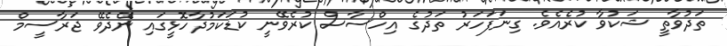
ތަދުވާތީ ޝަކުވާ ކުރެއެވެ. ގިނަފަހަރު ތަދުގެ އިހްސާސް ކުރެވޭނީ ކުޑަކަމުދާހޮޅީގައި ނޭދެވޭ ޖަރާސީމް